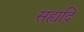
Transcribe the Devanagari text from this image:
सह्यद्रि